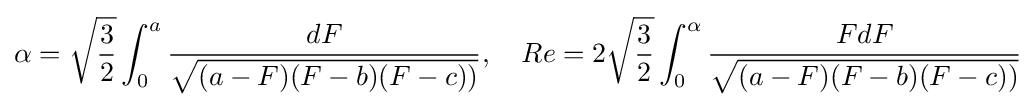
\alpha ={\sqrt {\frac {3}{2}}}\int _{0}^{a}{\frac {dF}{\sqrt {(a-F)(F-b)(F-c))}}},\quad Re=2{\sqrt {\frac {3}{2}}}\int _{0}^{\alpha }{\frac {FdF}{\sqrt {(a-F)(F-b)(F-c))}}}